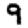
Digit: 9